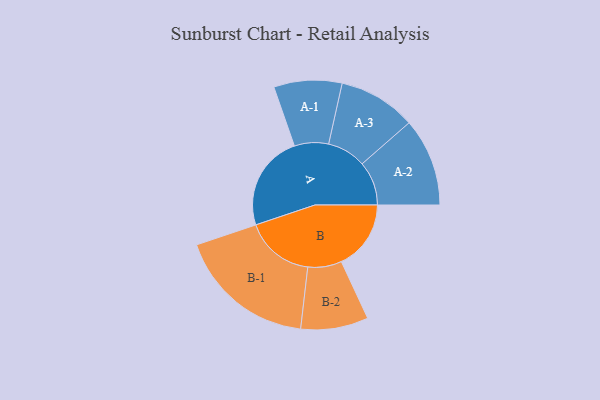
{"axis": {"x": "Segment", "y": "Value"}, "legend": ["", "A", "B"], "data": [{"x": "A", "y": 382, "type": ""}, {"x": "B", "y": 278, "type": ""}, {"x": "A-1", "y": 136, "type": "A"}, {"x": "A-2", "y": 176, "type": "A"}, {"x": "A-3", "y": 155, "type": "A"}, {"x": "B-1", "y": 277, "type": "B"}, {"x": "B-2", "y": 135, "type": "B"}]}